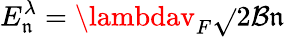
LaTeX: E_{\mathfrak{n}}^{\lambda}=\lambdav_{F}\sqrt{}{{2\mathcal{{B}}\mathfrak{n}}}